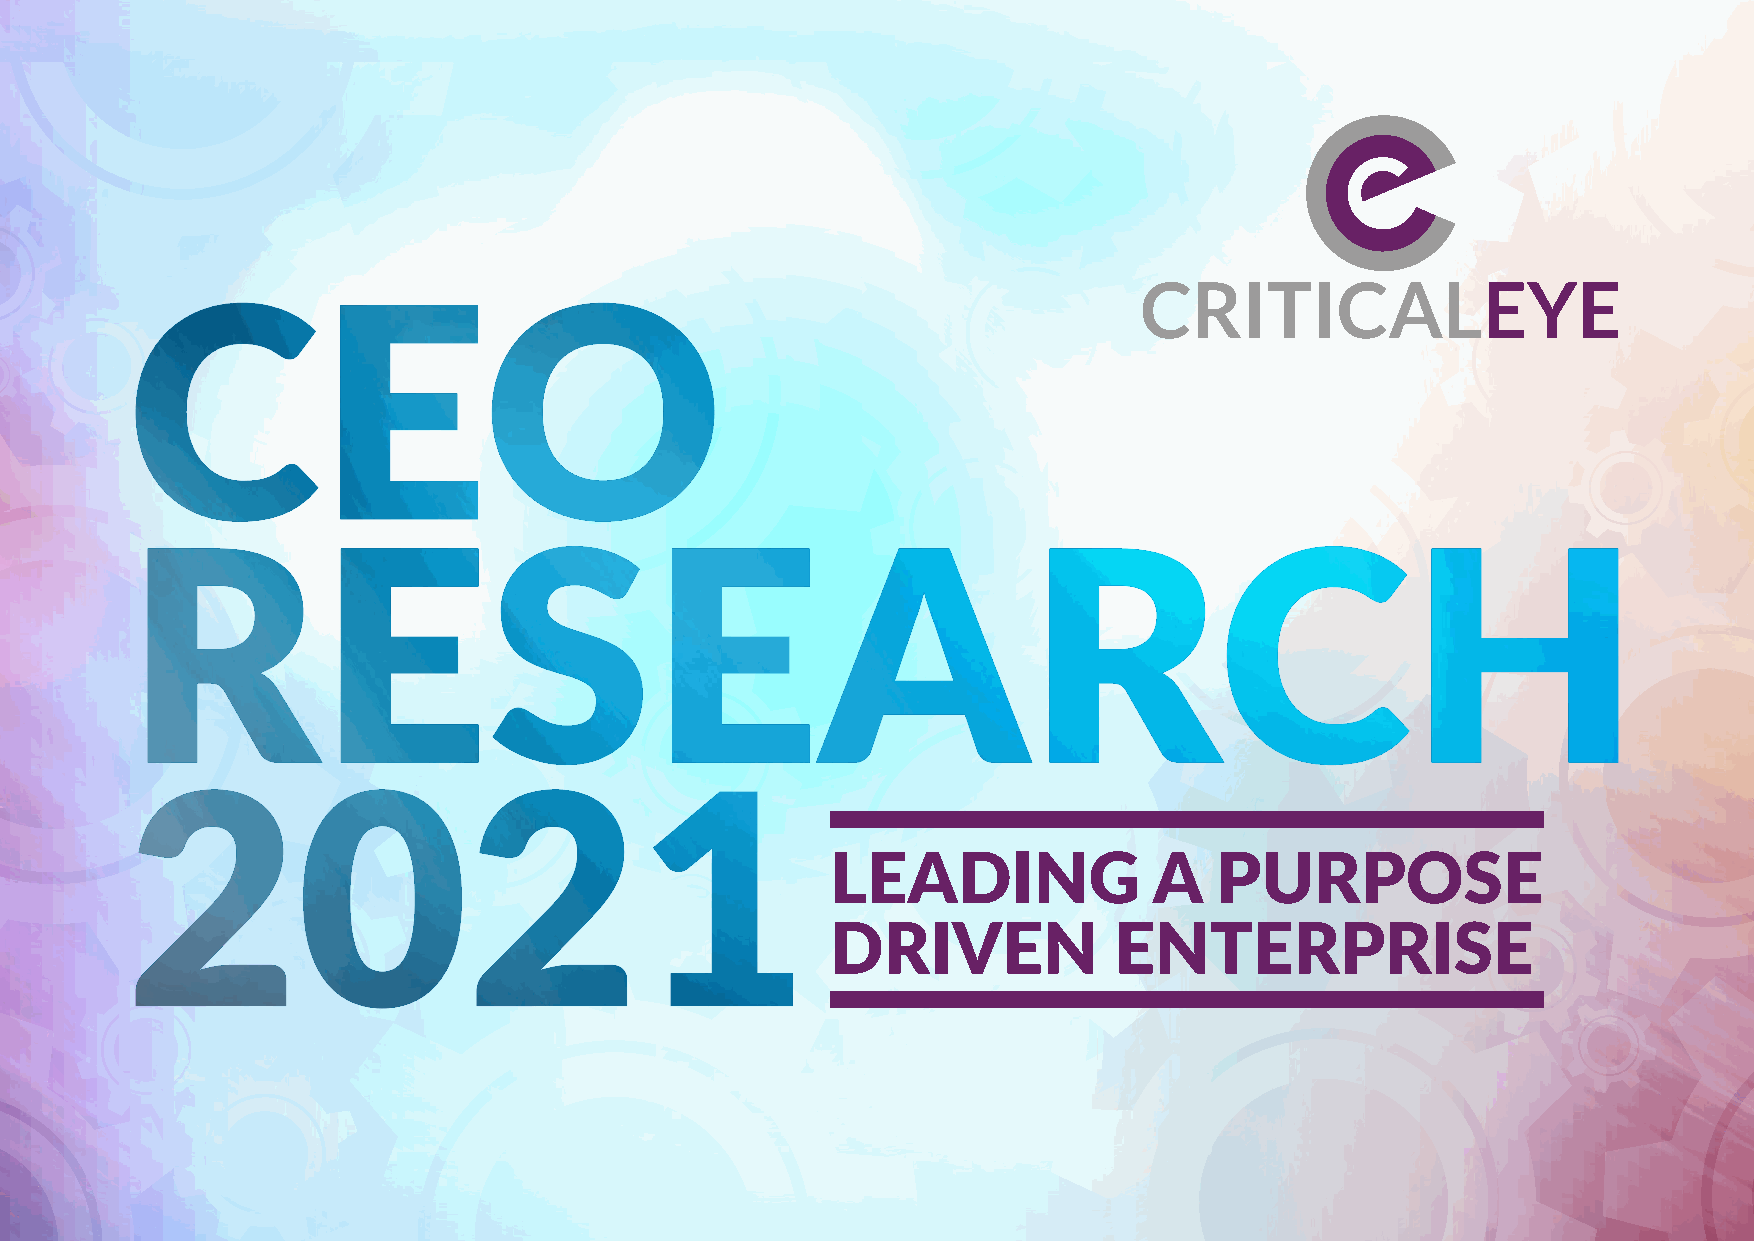
LEADING              A    PURPOSE
 DRIVEN             ENTERPRISE